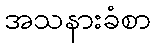
အသနားခံစာ